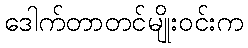
ဒေါက်တာတင်မျိုးဝင်းက